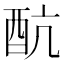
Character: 𨟼